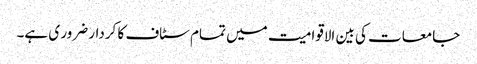
جامعات کی بین الاقوامیت میں تمام سٹاف کا کردار ضرور ی ہے۔